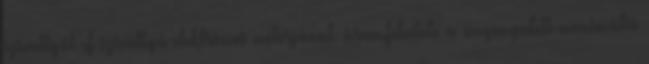
szivattyút cf szivattyú elektromos motorjának áramfelvétele a megengedett maximális